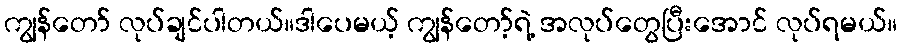
ကျွန်တော် လုပ်ချင်ပါတယ်။ဒါပေမယ့် ကျွန်တော့်ရဲ့ အလုပ်တွေပြီးအောင် လုပ်ရမယ်။